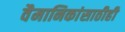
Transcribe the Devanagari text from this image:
वैमानिकांसाठीही